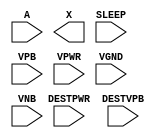
module sky130_fd_sc_lp__lsbufiso0p (
    //# {{data|Data Signals}}
    input  A      ,
    output X      ,

    //# {{power|Power}}
    input  SLEEP  ,
    input  DESTPWR,
    input  DESTVPB,
    input  VPB    ,
    input  VPWR   ,
    input  VGND   ,
    input  VNB
);
endmodule